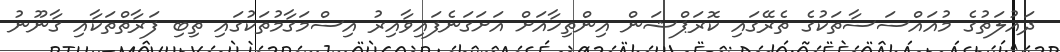
ދައުލަތުގެ މުއައްސަސާތަކުގެ ތެރޭގައި ކޮރަޕްޝަން އިންތިހާއަށް އަށަގަނެފައިވާއިރު އިސްމަގާމުތަކުގައި ތިބި ފަރާތްތަކާއި ގާނޫނު